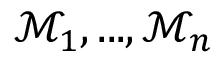
\mathcal { M } _ { 1 } , . . . , \mathcal { M } _ { n }